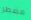
مضطر